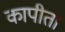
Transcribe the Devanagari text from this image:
कापीता